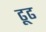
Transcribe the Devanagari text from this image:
ढूढ